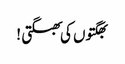
بھگتوں کی بھگتی !